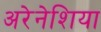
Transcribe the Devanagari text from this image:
अरेनेशिया